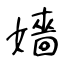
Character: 嬙